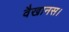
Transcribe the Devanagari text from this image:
वैखानस।